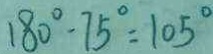
1 8 0 ^ { \circ } - 7 5 ^ { \circ } = 1 0 5 ^ { \circ }